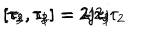
LaTeX: [ \tau _ { 1 } , \tau _ { 2 } ] = 2 \mathrm { j } \tau _ { 3 } \hspace { 6 m m } [ \tau _ { 2 } , \tau _ { 3 } ] = 2 \mathrm { j } \tau _ { 1 } \hspace { 6 m m } [ \tau _ { 3 } , \tau _ { 1 } ] = - 2 \mathrm { j } \tau _ { 2 }